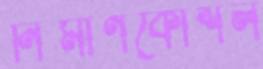
নির্মাণকৌশল